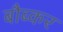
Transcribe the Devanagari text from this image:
बौब्कर